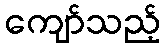
ကျော်သည့်